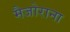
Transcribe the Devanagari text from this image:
मैजोराना